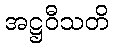
အဋ္ဌဝီသတိ